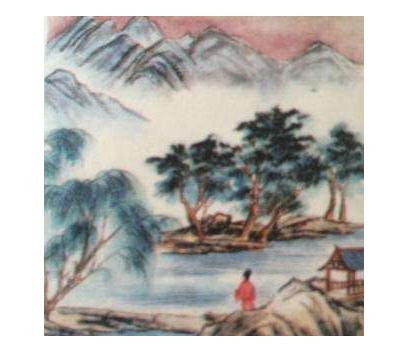
绿槐烟柳长亭路，恨匆忙分离去。